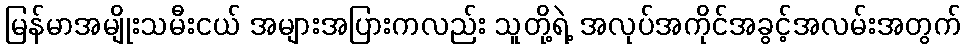
မြန်မာအမျိုးသမီးငယ် အများအပြားကလည်း သူတို့ရဲ့ အလုပ်အကိုင်အခွင့်အလမ်းအတွက်